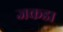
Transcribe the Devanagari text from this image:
जकडा